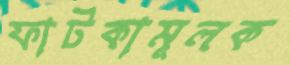
ফাটকামূলক